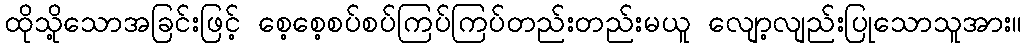
ထိုသို့သောအခြင်းဖြင့် စေ့စေ့စပ်စပ်ကြပ်ကြပ်တည်းတည်းမယူ လျော့လျည်းပြုသောသူအား။